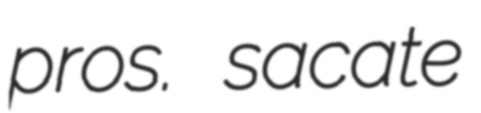
pros. sacate